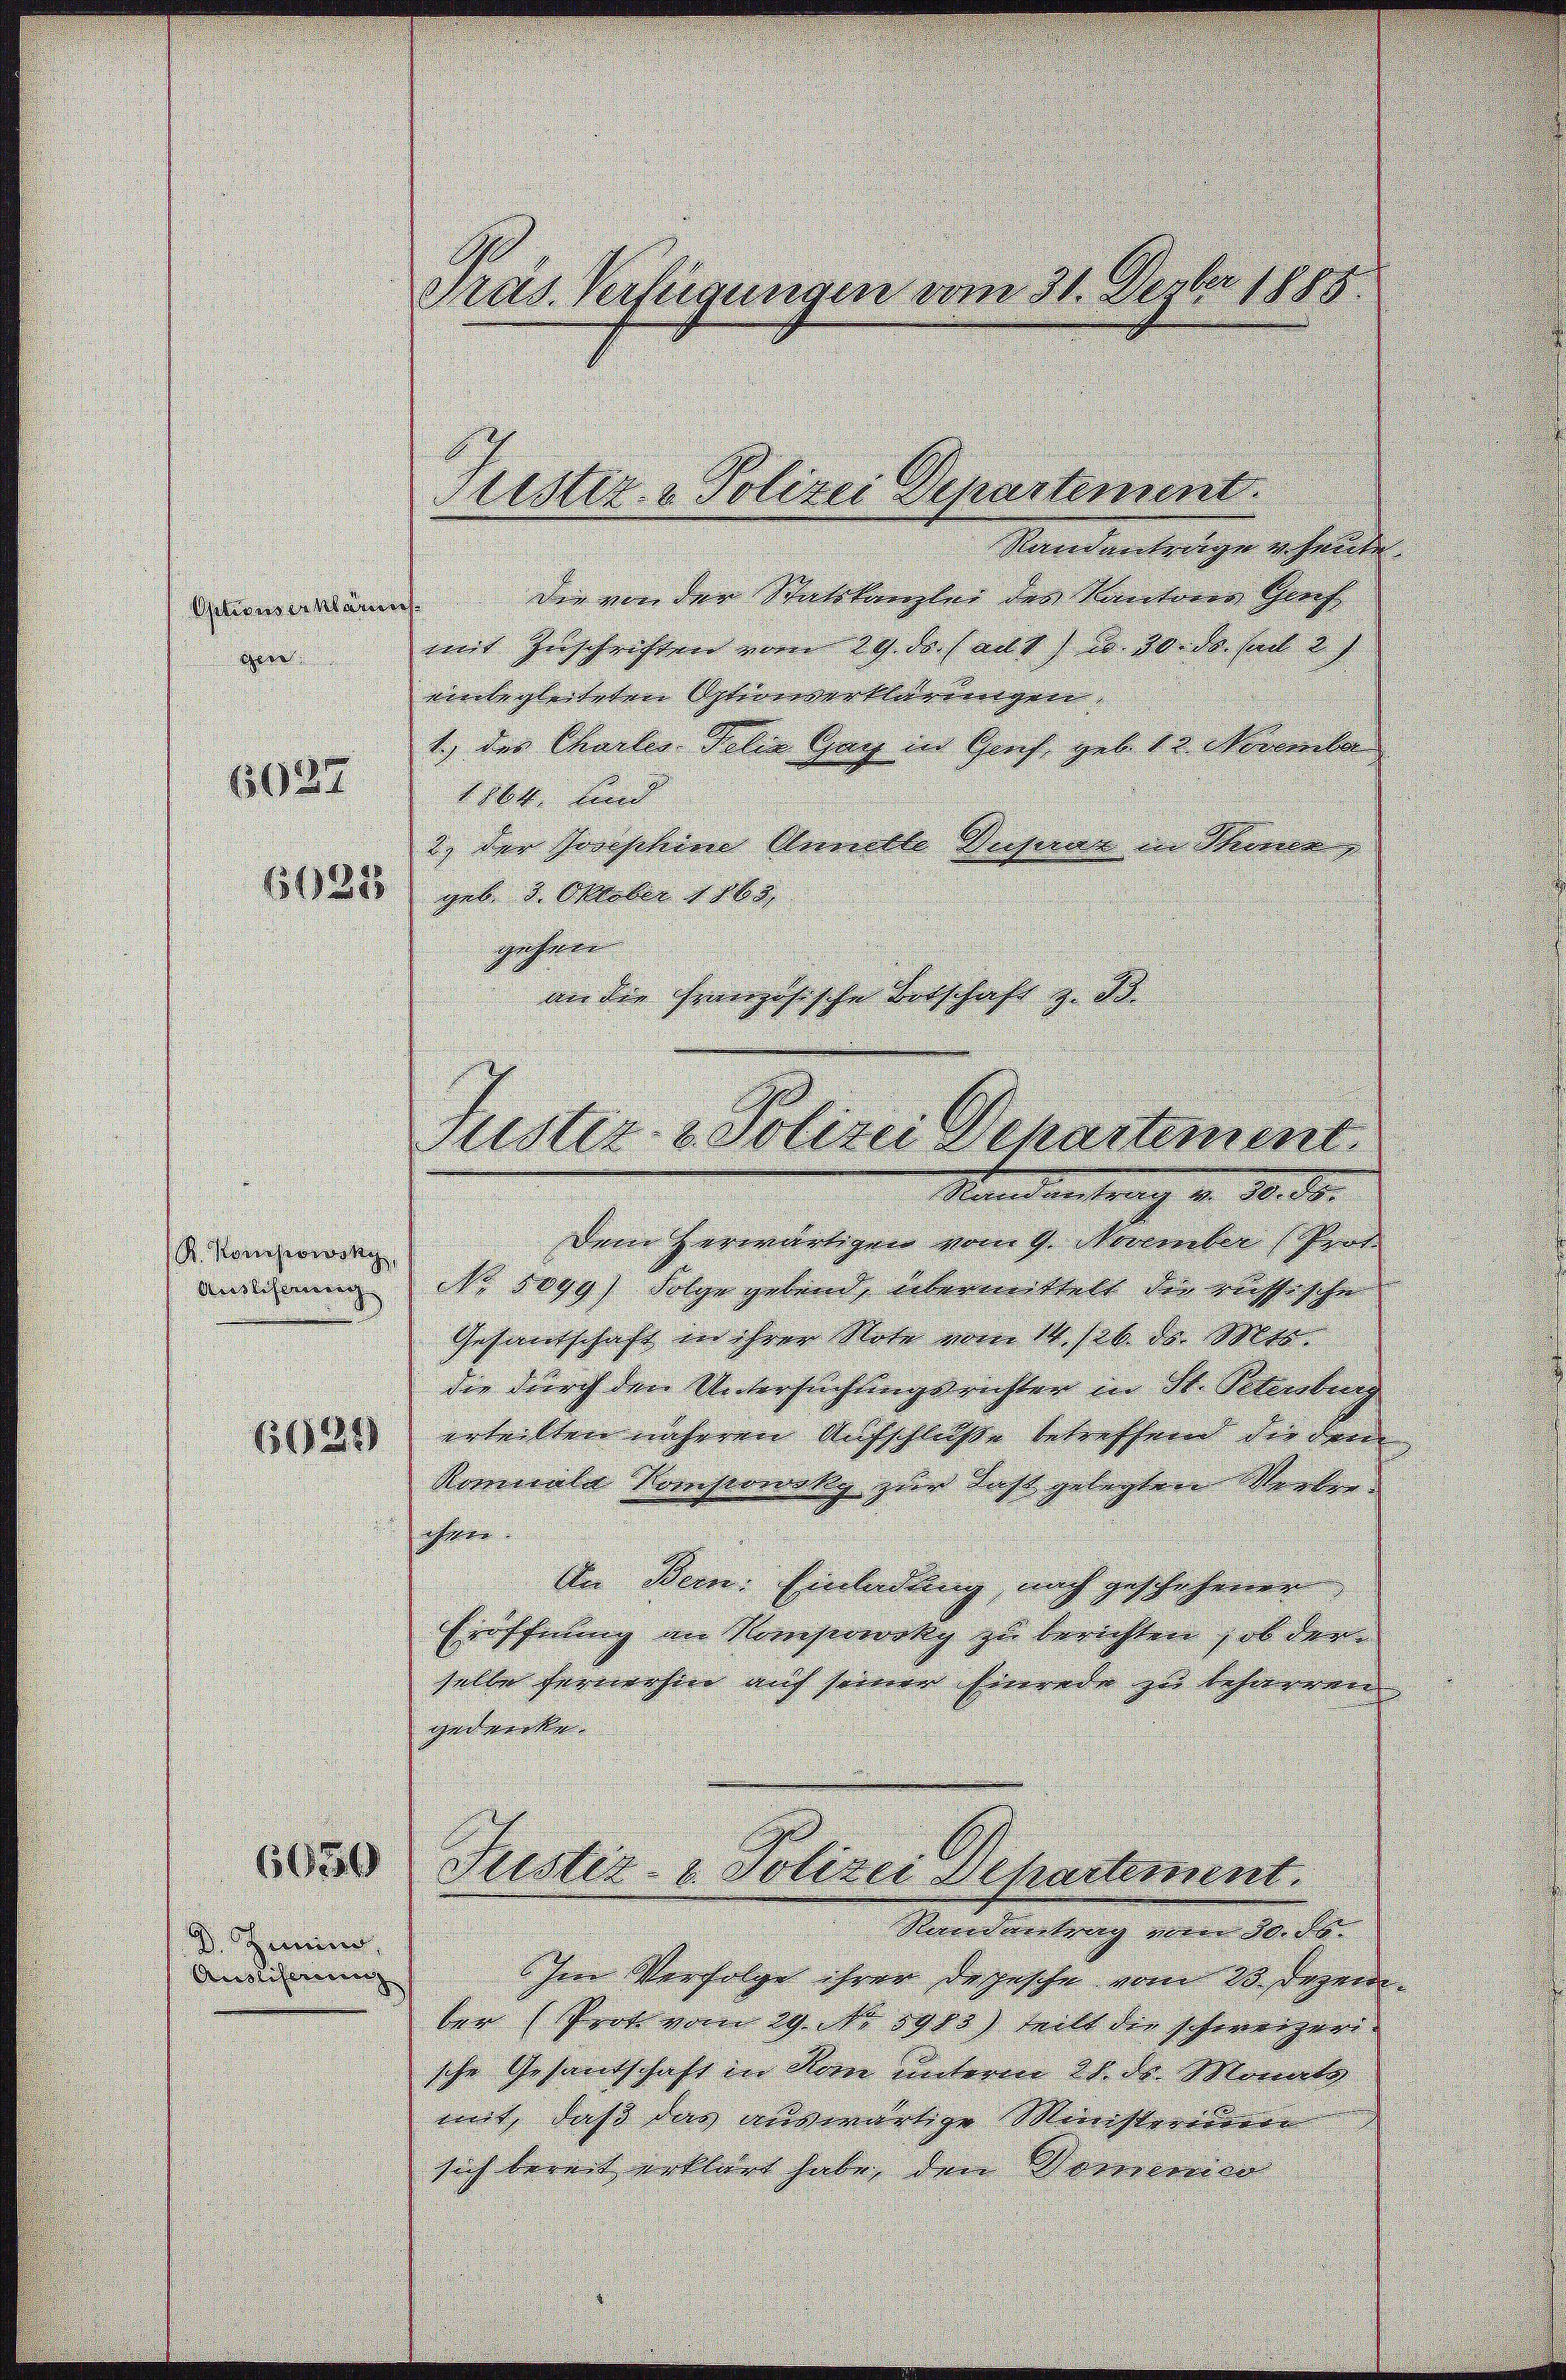
Standantrage heute.
denonenkann. Der von den Mietskanzler der Rectoren Prach
mit Zuschriften vom 19. ds. laut) do 30. ds. sind 2
einbegleiteten Optionierbliderungen.
1.) der Charler Gelin Gang in Graf. geb. 10. November
1164 und
2., der Josephine Annelle Sequer in Miner
131285 geb. 2. Oktober 1880
gehen
nn der hierzösische Botschaft z. B. |
Mandern trang v. M. der
dem herwärtigen vom 9. November Pent
R. Konsowsky
eordnung No 1099. Folge geland, übermittelt der glössische
Gesandschaft in ihrer Note vom 14. 16. ds. Men-
die durch den Untersuchtungsrichter in St. Petenburg
u erteilten näheren Aufschlosse betreffend der der
Kommale Nomserwsky zur das gelegten Kerker
he
In Bein. Einladung nach geschehenen
Eröschnung im Nomheroky zu berichten, ob dem
halle fernehme auf seiner Einrede zu behierren
gedecken.
6650
Justiz- u. Polizei Departement.
Randantrag vom 30. d.
D. Gener
Auslistierung
Im Verfolge ihrer Depesche vom 23. Dezem
ber (Prok vom 29. No 1900) Mitt der schweigen.
sche Gesandschaft in den unterm 21. ds. Monats
mit, daß das auswärtige Ministerieren
sich bereit erklärt habe, den Dorenenen

Herd
1627

Präs. Verfügungen vom 31. Depter 1888.

Frister v. Polizei Departement

Fuster- & Polizei Departement